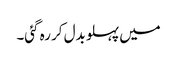
میں پہلو بدل کر رہ گئی۔